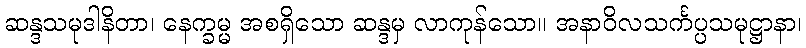
ဆန္ဒသမုဒါနိတာ၊ နေက္ခမ္မ အစရှိသော ဆန္ဒမှ လာကုန်သော။ အနာဝိလသင်္ကပ္ပသမုဋ္ဌာနာ၊